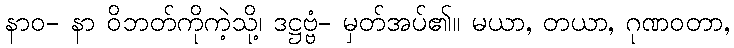
နာဝ- နာ ဝိဘတ်ကိုကဲ့သို့၊ ဒဋ္ဌဗ္ဗံ- မှတ်အပ်၏။ မယာ, တယာ, ဂုဏဝတာ,